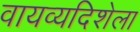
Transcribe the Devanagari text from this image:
वायव्यदिशेला